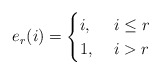
\begin{align*}e_r(i) = \begin{cases}i, & \ i\leq r\\ 1, & \ i>r\end{cases}\end{align*}